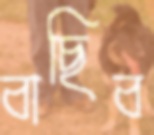
বাছিব